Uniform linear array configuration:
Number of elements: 64
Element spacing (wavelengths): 0.5
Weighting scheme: kaiser
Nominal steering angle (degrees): -60
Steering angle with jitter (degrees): -60.348
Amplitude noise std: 0.05
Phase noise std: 0.05

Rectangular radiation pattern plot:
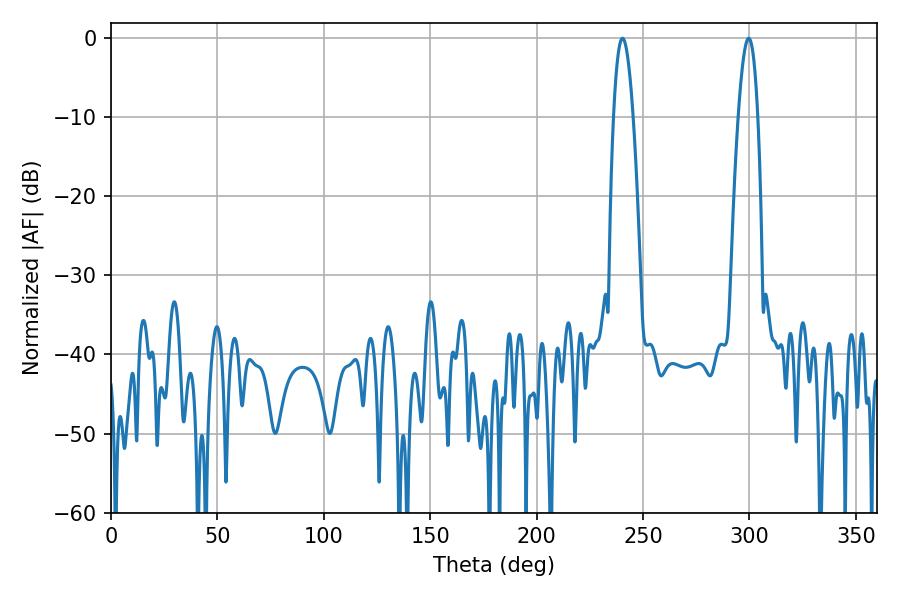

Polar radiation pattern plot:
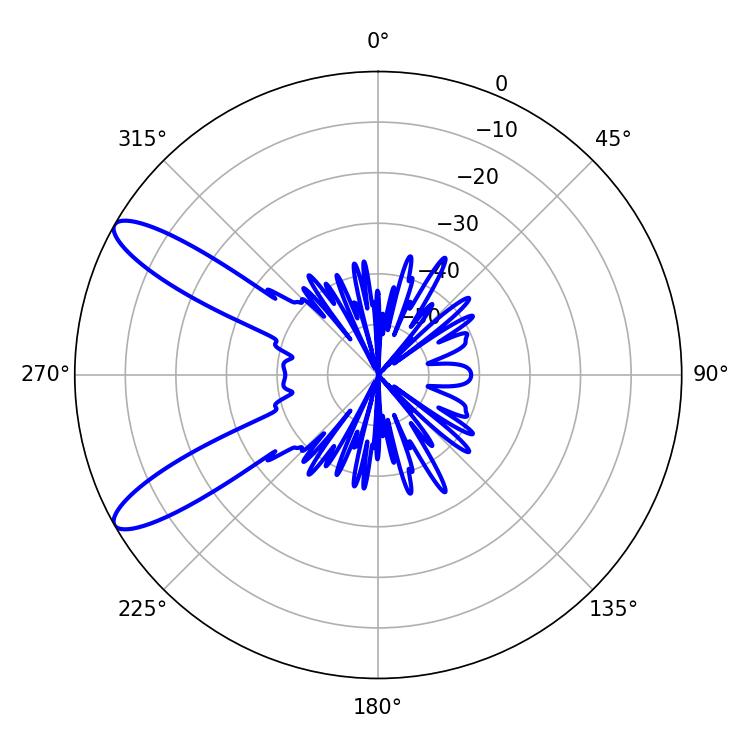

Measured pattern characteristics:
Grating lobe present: FALSE
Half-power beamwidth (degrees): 5.04
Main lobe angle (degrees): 240.3